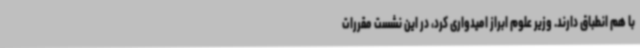
با هم انطباق دارند. وزیر علوم ابراز امیدواری کرد، در این نشست مقررات